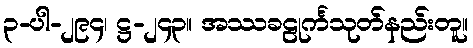
၃-ပါ-၂၉၄၊ ဋ္ဌ-၂၄၃။ အဿခဠုင်္ကသုတ်နည်းတူ။